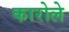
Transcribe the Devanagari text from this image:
कारोले